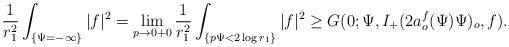
LaTeX: \begin{align*}\frac{1}{r_1^2}\int_{\{\Psi=-\infty\}}|f|^2=\lim_{p\rightarrow0+0}\frac{1}{r_1^2}\int_{\{p\Psi<2\log r_1\}}|f|^2\ge G(0;\Psi,I_+(2a_o^f(\Psi)\Psi)_o,f).\end{align*}